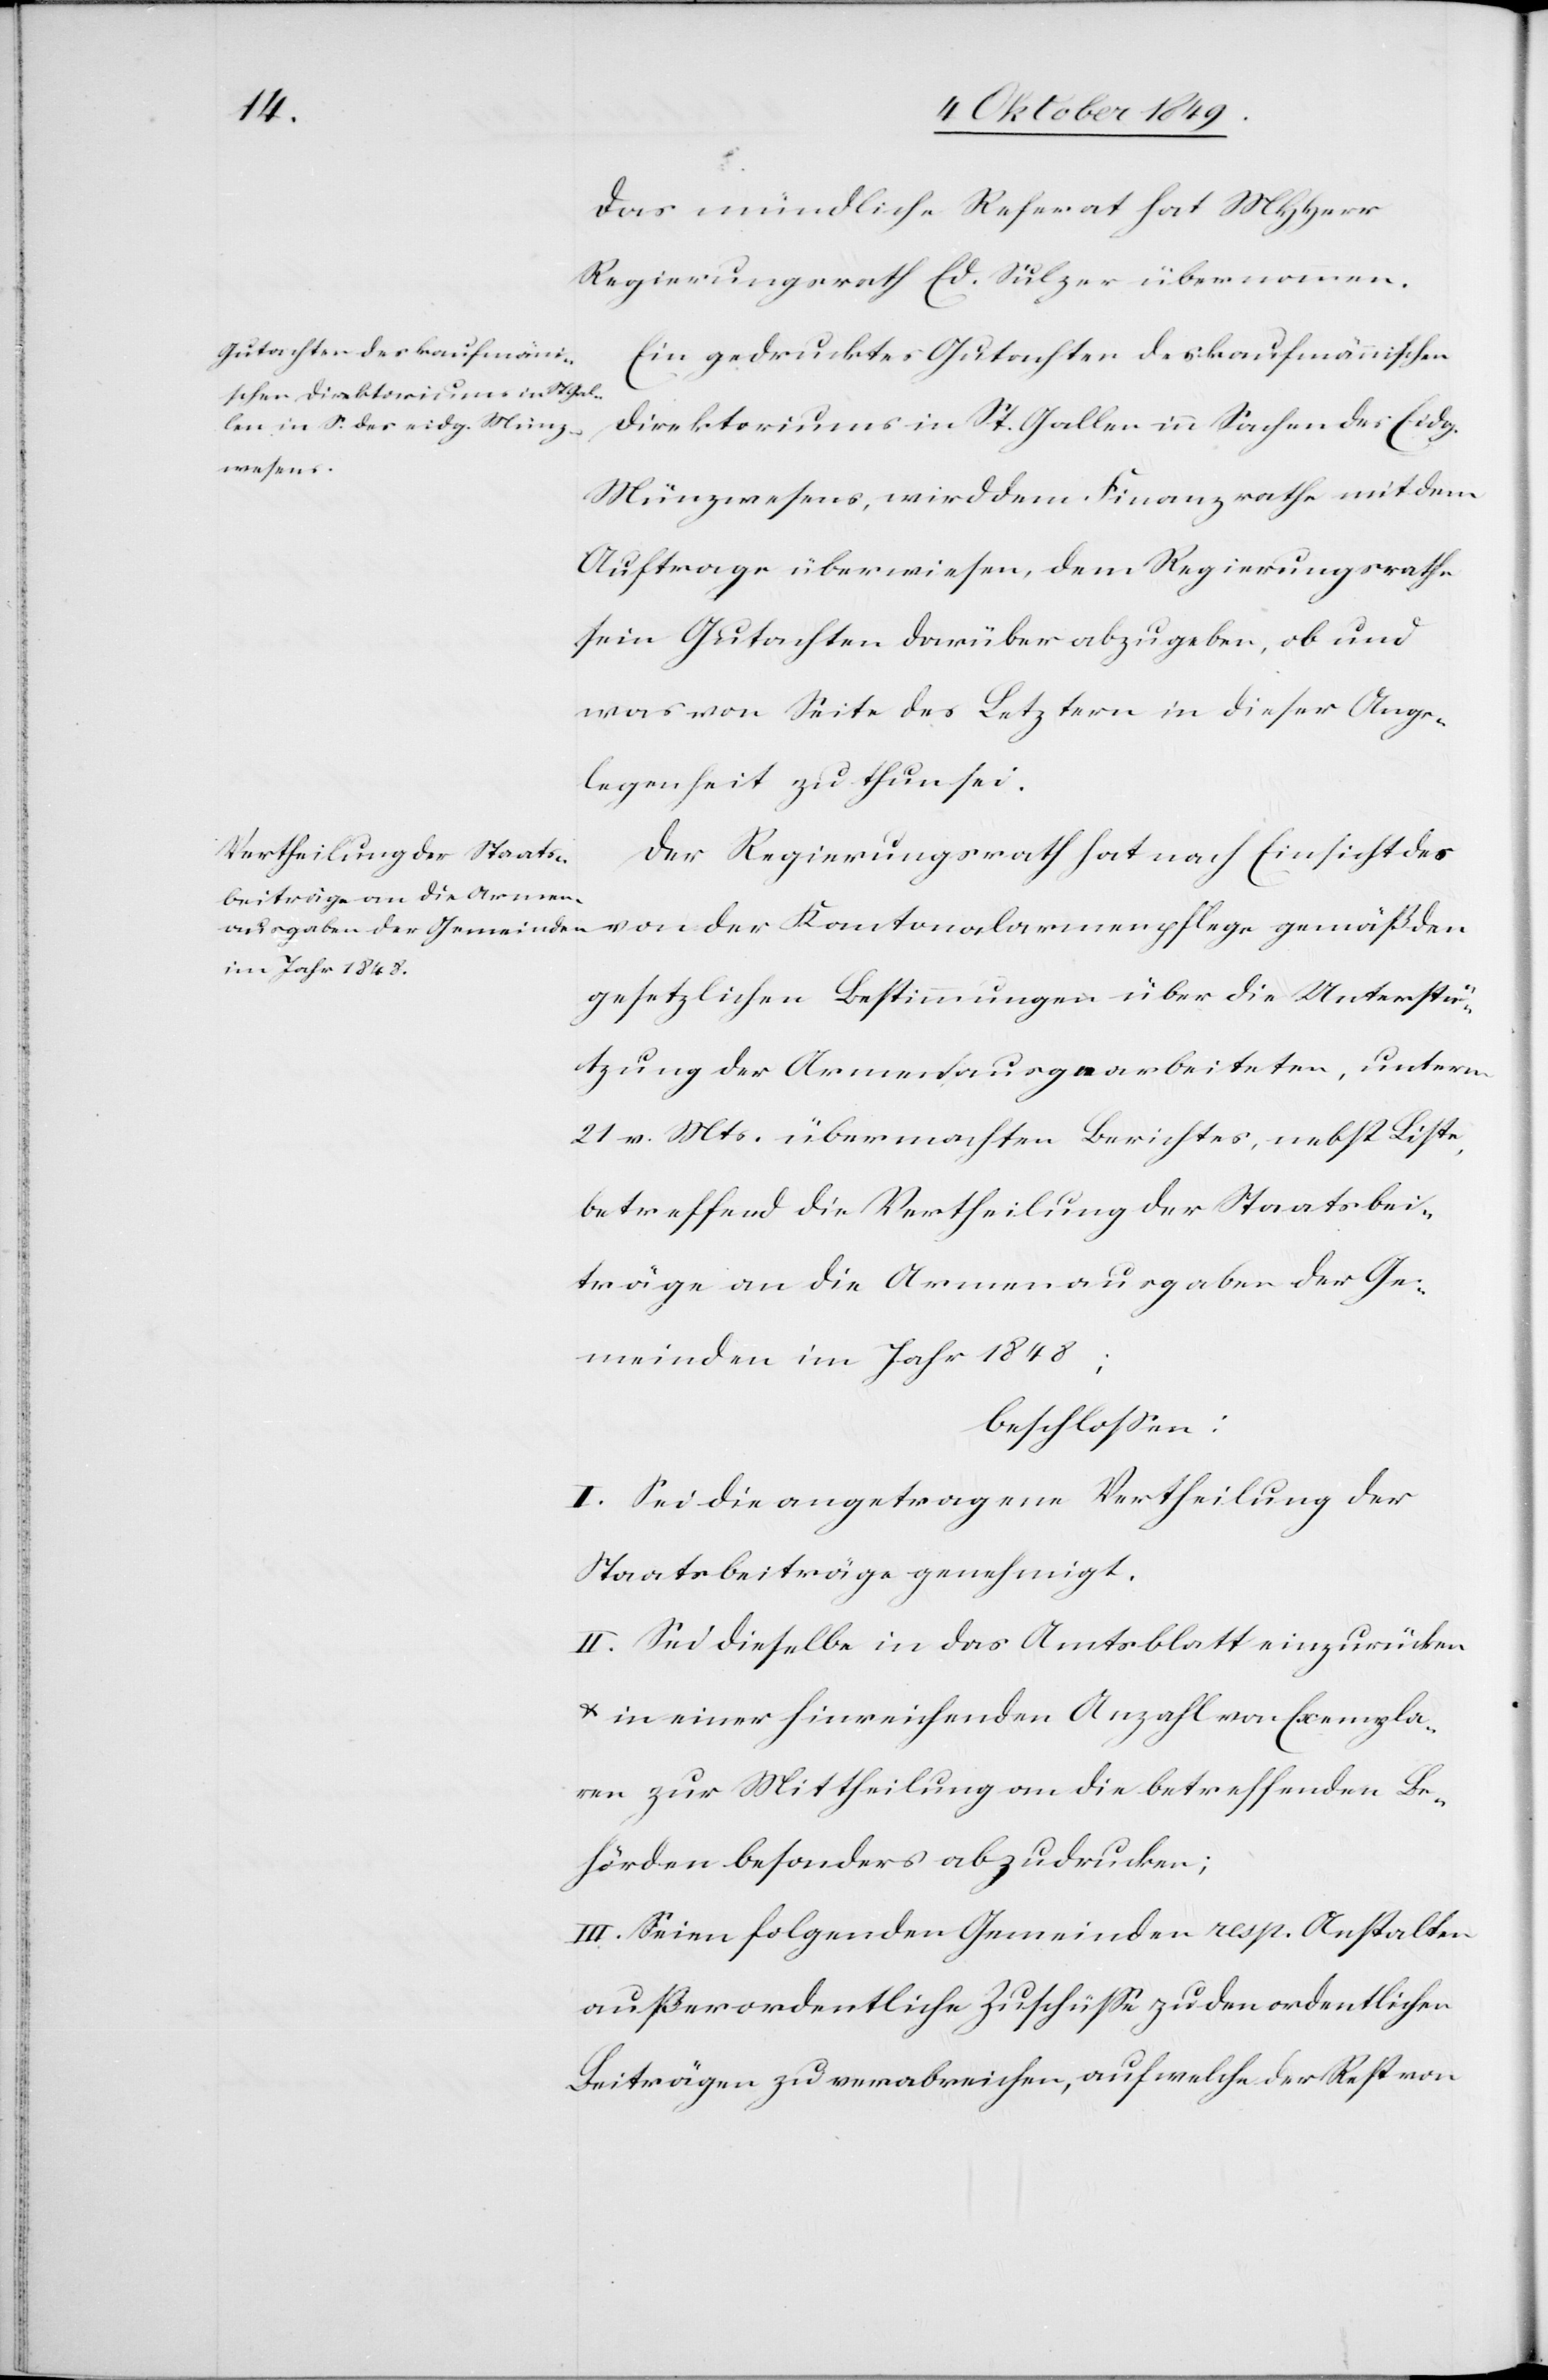
Das mündliche Referat hat MHHerr
Regierungsrath Ed. Sulzer übernommen.
Ein gedrucktes Gutachten des kaufmännischen
Direktoriums in St. Gallen in Sachen des Eidg.
Münzwesens, wird dem Finanzrathe mit dem
Auftrage überwiesen dem Regierungsrathe
sein Gutachten darüber abzugeben, ob und
was von Seite des Letztern in dieser Ange¬
legenheit zu thun sei.
Der Regierungsrath hat nach Einsicht des
von der Kantonalarmenpflege gemäß den
gesetzlichen Bestimmungen über die Unterstü¬
tzung der Armen ausgearbeiteten, unterm
21 v. Mts. übermachten Berichtes, nebst Liste,
betreffend die Vertheilung der Staatsbei¬
träge an die Armenausgaben der Ge¬
meinden im Jahr 1848;
beschloßen:
I. Sei die angetragene Vertheilung der
Staatsbeiträge genehmigt.
II. Sei dieselbe in das Amtsblatt einzurücken
u. in einer hinreichenden Anzahl von Exempla¬
ren zur Mittheilung an die betreffenden Be¬
hörden besonders abzudrucken;
III. Seien folgenden Gemeinden resp. Anstalten
außerordentliche Zuschüße zu den ordentlichen
Beiträgen zu verabreichen, auf welche der Rest von